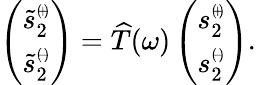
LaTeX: \left(\begin{array}{c}{\tilde{s}_{2}^{\scriptscriptstyle(\! +\! )}}\\ {\tilde{s}_{2}^{\scriptscriptstyle(\! -\! )}}\end{array}\right)=\widehat{T}(\omega)\left(\begin{array}{c}{{s}_{2}^{\scriptscriptstyle(\! +\! )}}\\ {{s}_{2}^{\scriptscriptstyle(\! -\! )}}\end{array}\right).